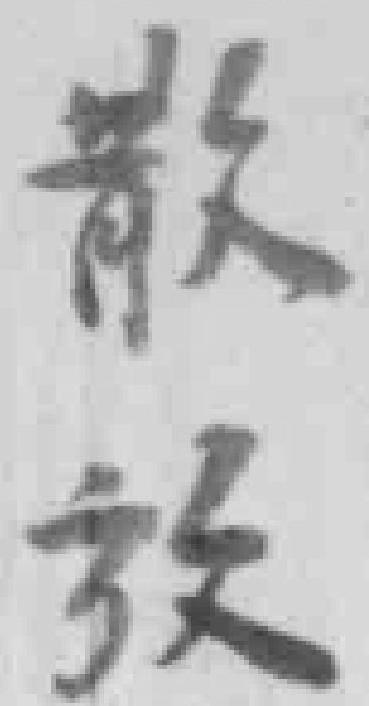
散放